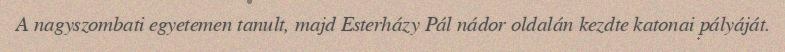
A nagyszombati egyetemen tanult, majd Esterházy Pál nádor oldalán kezdte katonai pályáját.